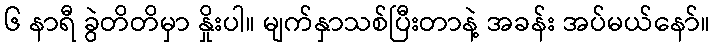
၆ နာရီ ခွဲတိတိမှာ နှိုးပါ။ မျက်နှာသစ်ပြီးတာနဲ့ အခန်း အပ်မယ်နော်။